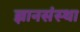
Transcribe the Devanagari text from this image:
ज्ञानसंस्था